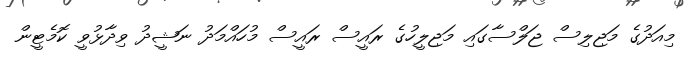
މިއަދުގެ މަޖިލިސް ޖަލްސާގައި މަޖިލީހުގެ ރައީސް ރައީސް މުހައްމަދު ނަޝީދު ވިދާޅުވީ ކޮމެޓީން